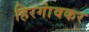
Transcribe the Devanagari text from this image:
हिरगांवकर